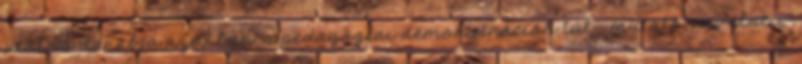
utolsó darabja azonban, a pedagógiai demonstráción túl- mutató, revelatív